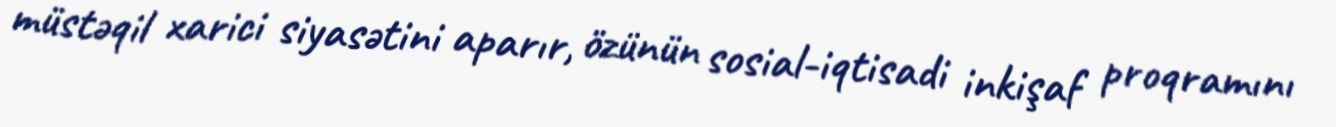
müstəqil xarici siyasətini aparır, özünün sosial-iqtisadi inkişaf proqramını